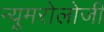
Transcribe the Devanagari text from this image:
न्यूमरोलोजी